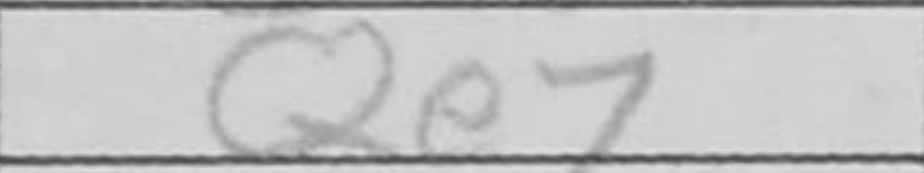
Transcription: Qe7